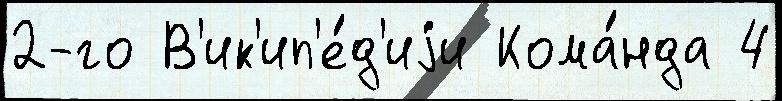
2-го В'ик'ип'е́д'иjи Кома́нда 4